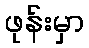
ဖုန်းမှာ